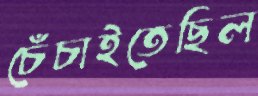
চেঁচাইতেছিল